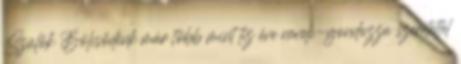
Szülők Bölcsődénk már több mint tíz éve neveli-gondozza szeretettel